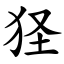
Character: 㹩